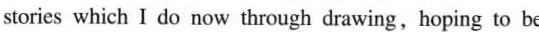
stories which I do now thrdagh drawing. hoping to be